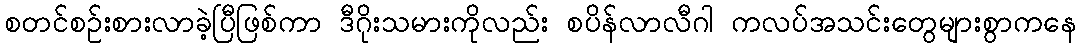
စတင်စဉ်းစားလာခဲ့ပြီဖြစ်ကာ ဒီဂိုးသမားကိုလည်း စပိန်လာလီဂါ ကလပ်အသင်းတွေများစွာကနေ